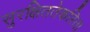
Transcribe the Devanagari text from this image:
सुरक्षिततेकरिता